Insane asylums in Bengal annual reports 1867-1875 - 1867-1875
Year: 1867
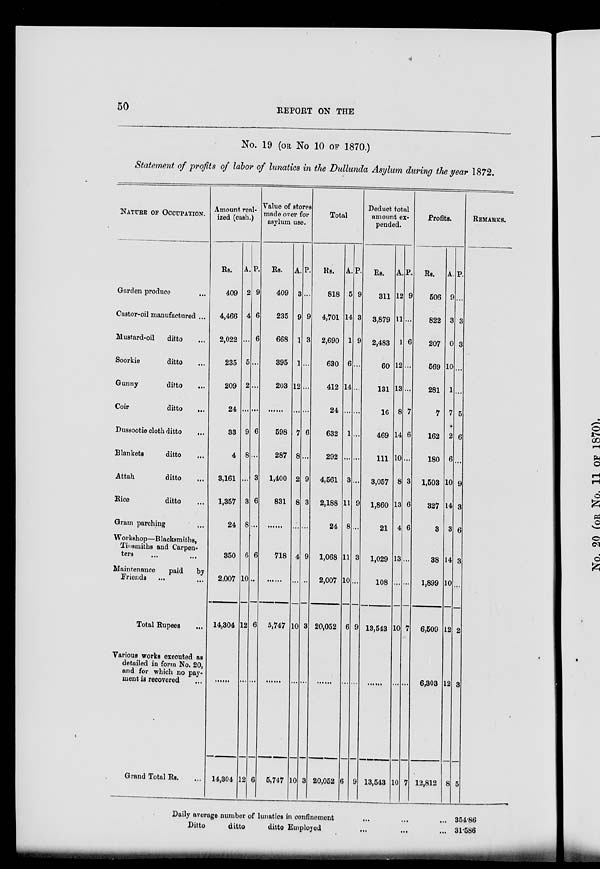
50
REPORT ON THE
No. 19 (OR No 10 OF 1870.)
Statement of profits of labor of lunatics in the Dullunda Asylum during the year 1872.
NATURE OF OCCUPATION.
Garden produce ...
Castor-oil manufactured ...
Mustard-oil
ditto ...
Soorkie
ditto ...
Gunny
ditto ...
Coir
ditto ...
Dussootie cloth ditto ...
Blankets
ditto ...
Attah.
ditto ...
Rice
ditto ...
Gram parching ...
Workshop—Blacksmiths,
Tinsmiths and Carpen¬
ters ... ...
Maintenance
paid
by
Friends ... ...
Total Rupees ... ...
Various works executed as
detailed in form No. 20,
and for which no pay¬
ment is recovered
...
Grand Total Rs. ...
Amount real¬
ized (cash.)
Rs.
409
4,466
2,022
235
209
24
33
4
3,161
1,357
24
350
2,007
14,304
......
14,304
A.
2
4
...
5
2
...
9
8
...
3
8
6
10
12
...
12
P.
9
6
6
...
...
...
6
...
3
6
..
6
...
6
...
6
Value of stores
made over for
asylum use.
Rs.
409
235
668
395
203
......
598
287
1,400
831
......
718
......
5,747
......
5,747
A.
3
9
1
1
12
...
7
8
2
8
...
4
...
10
...
10
P.
...
9
3
...
...
...
6
...
9
3
...
9
...
3
...
3
Total
Rs.
818
4,701
2,690
630
412
24
632
292
4,561
2,188
24
1,068
2,007
20,052
......
20,052
A.
5
14
1
6
14
...
1
...
3
11
8
11
10
6
...
6
P.
9
3
9
...
...
...
...
...
...
9
...
3
...
9
...
9
Deduct total
amount ex¬
pended.
Rs.
311
3,879
2,483
60
131
16
469
111
3,057
1,860
21
1,029
108
13,543
......
13,543
A.
12
11
1
12
13
8
14
10
8
13
4
13
...
10
...
10
P.
9
...
6
..
7
6
...
3
6
6
...
...
7
...
7
Profits.
Rs.
506
822
207
569
281
7
162
180
1,503
327
3
38
1,899
6,509
6,303
12,812
A.
9
3
0
10
1
7
2
6
10
14
3
14
10
12
12
8
P.
...
3
3
...
...
5
6
...
9
3
6
3
...
2
3
5
REMARKS.
Daily average number of lunatics in confinement ... ... ...
Ditto
ditto
ditto Employed
... ...
...
354.86
31.586